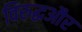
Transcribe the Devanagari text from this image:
विरुद्धऔर